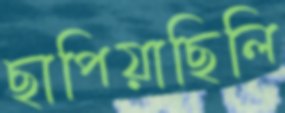
ছাপিয়াছিলি